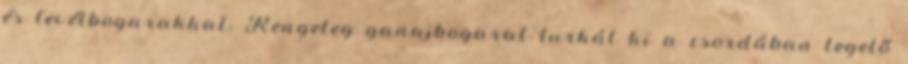
és levélbogarakkal. Rengeteg ganajbogarat turkál ki a csordában legelő